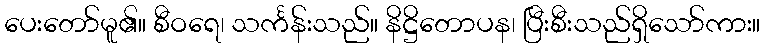
ပေးတော်မူ၏။ စီဝရေ၊ သင်္ကန်းသည်။ နိဋ္ဌိတောပန၊ ပြီးစီးသည်ရှိသော်ကား။